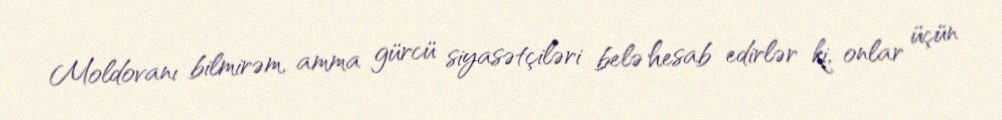
Moldovanı bilmirəm, amma gürcü siyasətçiləri belə hesab edirlər ki, onlar üçün